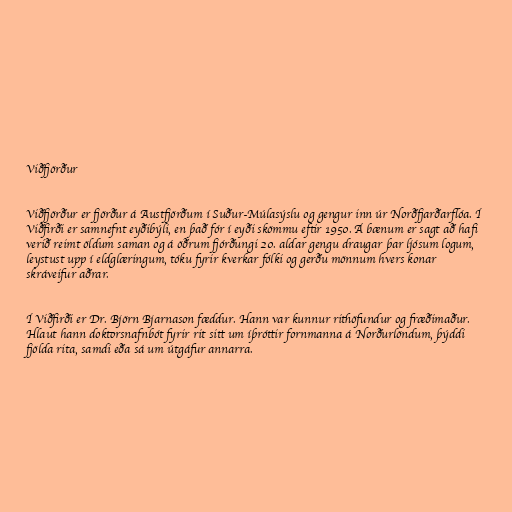
Viðfjörður

Viðfjörður er fjörður á Austfjörðum í Suður-Múlasýslu og gengur inn úr Norðfjarðarflóa. Í
Viðfirði er samnefnt eyðibýli, en það fór í eyði skömmu eftir 1950. Á bænum er sagt að hafi
verið reimt öldum saman og á öðrum fjórðungi 20. aldar gengu draugar þar ljósum logum,
leystust upp í eldglæringum, tóku fyrir kverkar fólki og gerðu mönnum hvers konar
skráveifur aðrar.

Í Viðfirði er Dr. Björn Bjarnason fæddur. Hann var kunnur rithöfundur og fræðimaður.
Hlaut hann doktorsnafnbót fyrir rit sitt um íþróttir fornmanna á Norðurlöndum, þýddi
fjölda rita, samdi eða sá um útgáfur annarra.